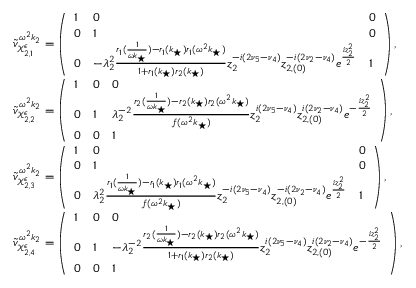
\begin{array} { r l } & { \tilde { v } _ { \mathcal { X } _ { 2 , 1 } ^ { \epsilon } } ^ { \omega ^ { 2 } k _ { 2 } } = \left( \begin{array} { l l l } { 1 } & { 0 } & { 0 } \\ { 0 } & { 1 } & { 0 } \\ { 0 } & { - \lambda _ { 2 } ^ { 2 } \frac { r _ { 1 } ( \frac { 1 } { \omega k _ { \star } } ) - r _ { 1 } ( k _ { \star } ) r _ { 1 } ( \omega ^ { 2 } k _ { \star } ) } { 1 + r _ { 1 } ( k _ { \star } ) r _ { 2 } ( k _ { \star } ) } z _ { 2 } ^ { - i ( 2 \nu _ { 5 } - \nu _ { 4 } ) } z _ { 2 , ( 0 ) } ^ { - i ( 2 \nu _ { 2 } - \nu _ { 4 } ) } e ^ { \frac { i z _ { 2 } ^ { 2 } } { 2 } } } & { 1 } \end{array} \right) , } \\ & { \tilde { v } _ { \mathcal { X } _ { 2 , 2 } ^ { \epsilon } } ^ { \omega ^ { 2 } k _ { 2 } } = \left( \begin{array} { l l l } { 1 } & { 0 } & { 0 } \\ { 0 } & { 1 } & { \lambda _ { 2 } ^ { - 2 } \frac { r _ { 2 } ( \frac { 1 } { \omega k _ { \star } } ) - r _ { 2 } ( k _ { \star } ) r _ { 2 } ( \omega ^ { 2 } k _ { \star } ) } { f ( \omega ^ { 2 } k _ { \star } ) } z _ { 2 } ^ { i ( 2 \nu _ { 5 } - \nu _ { 4 } ) } z _ { 2 , ( 0 ) } ^ { i ( 2 \nu _ { 2 } - \nu _ { 4 } ) } e ^ { - \frac { i z _ { 2 } ^ { 2 } } { 2 } } } \\ { 0 } & { 0 } & { 1 } \end{array} \right) , } \\ & { \tilde { v } _ { \mathcal { X } _ { 2 , 3 } ^ { \epsilon } } ^ { \omega ^ { 2 } k _ { 2 } } = \left( \begin{array} { l l l } { 1 } & { 0 } & { 0 } \\ { 0 } & { 1 } & { 0 } \\ { 0 } & { \lambda _ { 2 } ^ { 2 } \frac { r _ { 1 } ( \frac { 1 } { \omega k _ { \star } } ) - r _ { 1 } ( k _ { \star } ) r _ { 1 } ( \omega ^ { 2 } k _ { \star } ) } { f ( \omega ^ { 2 } k _ { \star } ) } z _ { 2 } ^ { - i ( 2 \nu _ { 5 } - \nu _ { 4 } ) } z _ { 2 , ( 0 ) } ^ { - i ( 2 \nu _ { 2 } - \nu _ { 4 } ) } e ^ { \frac { i z _ { 2 } ^ { 2 } } { 2 } } } & { 1 } \end{array} \right) , } \\ & { \tilde { v } _ { \mathcal { X } _ { 2 , 4 } ^ { \epsilon } } ^ { \omega ^ { 2 } k _ { 2 } } = \left( \begin{array} { l l l } { 1 } & { 0 } & { 0 } \\ { 0 } & { 1 } & { - \lambda _ { 2 } ^ { - 2 } \frac { r _ { 2 } ( \frac { 1 } { \omega k _ { \star } } ) - r _ { 2 } ( k _ { \star } ) r _ { 2 } ( \omega ^ { 2 } k _ { \star } ) } { 1 + r _ { 1 } ( k _ { \star } ) r _ { 2 } ( k _ { \star } ) } z _ { 2 } ^ { i ( 2 \nu _ { 5 } - \nu _ { 4 } ) } z _ { 2 , ( 0 ) } ^ { i ( 2 \nu _ { 2 } - \nu _ { 4 } ) } e ^ { - \frac { i z _ { 2 } ^ { 2 } } { 2 } } } \\ { 0 } & { 0 } & { 1 } \end{array} \right) , } \end{array}